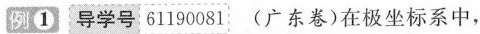
例① 导学号61190081 (广东卷)在极坐标系中，